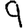
Digit: 9